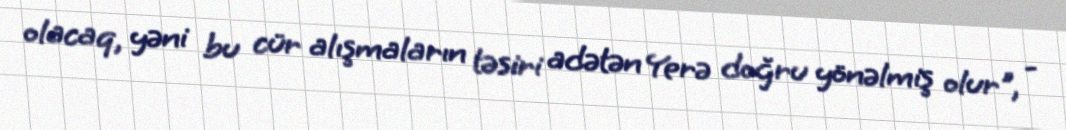
olacaq, yəni bu cür alışmaların təsiri adətən Yerə doğru yönəlmiş olur", -